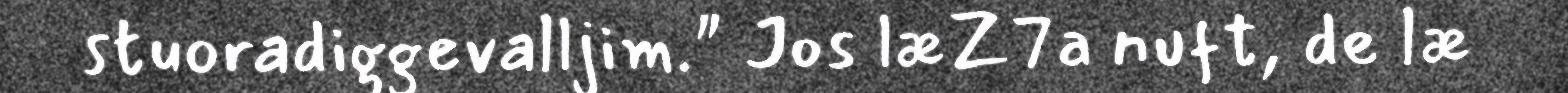
stuoradiggevalljim." Jos læZ7a nuft, de læ